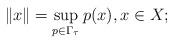
LaTeX: \begin{align*}\|x\|=\sup_{p\in\Gamma_{\tau}} p(x), x\in X;\end{align*}